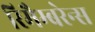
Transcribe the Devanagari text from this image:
रिमैम्बरेन्स